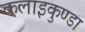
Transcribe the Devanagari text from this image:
कलाइकुण्डा